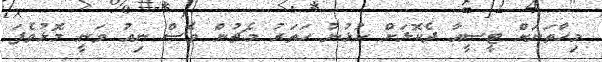
މިހާތަނަށް ޓީސީއާ ދެކޮޅަށް ކުޅުނު ހަތަރު މެޗުން ވެސް ނިއު ވަނީ މޮޅުވެފަ